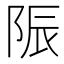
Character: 陙